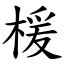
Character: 楥